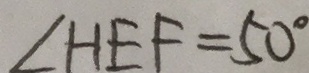
\angle H E F = 5 0 ^ { \circ }